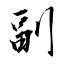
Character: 副